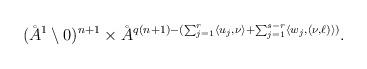
LaTeX: \begin{align*}(\AA^1 \setminus 0)^{n+1} \times \AA^{q(n+1)-(\sum_{j=1}^r \langle u_j,\nu \rangle + \sum_{j=1}^{s-r} \langle w_{j},(\nu,\ell) \rangle)}.\end{align*}